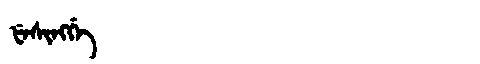
Manchu: ᡶᡝᠰᡳᠩᡤᡝ
Romanization: FESINGGE